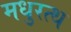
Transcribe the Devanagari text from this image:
मधुरत्थ